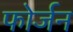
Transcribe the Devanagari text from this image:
फोर्जन